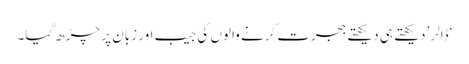
‘ڈالر’ دیکھتے ہی دیکھتے ہجرت کرنے والوں کی جیب اور زبان پر چڑھ گیا۔